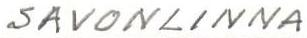
SAVONLINNA